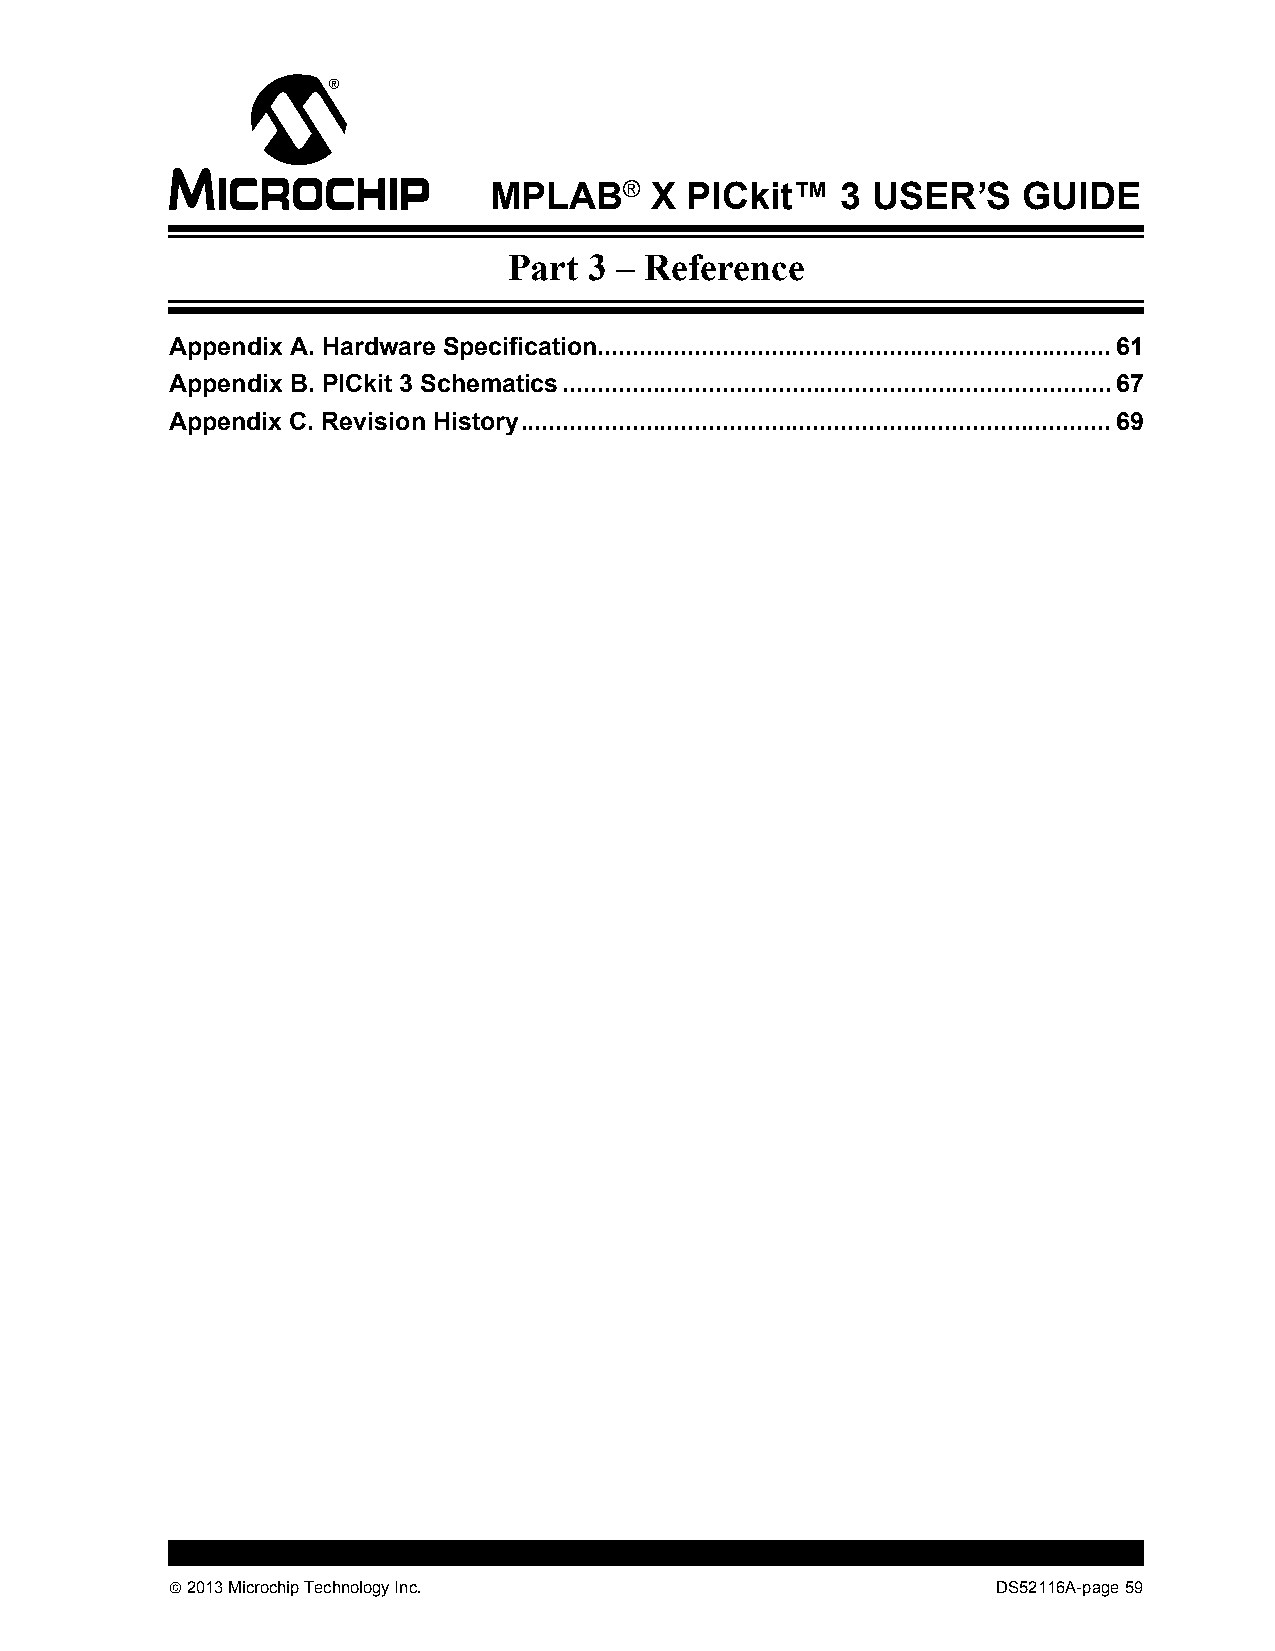
MPLAB®     X PICkit™    3 USER’S    GUIDE
 Part 3 – Reference
 Appendix A. Hardware Specification..........................................................................61
 Appendix B. PICkit 3 Schematics...............................................................................67
 Appendix C. Revision History.....................................................................................69
  2013 Microchip Technology Inc.                       DS52116A-page 59